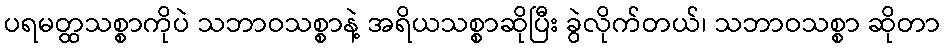
ပရမတ္ထသစ္စာကိုပဲ သဘာဝသစ္စာနဲ့ အရိယသစ္စာဆိုပြီး ခွဲလိုက်တယ်၊ သဘာဝသစ္စာ ဆိုတာ